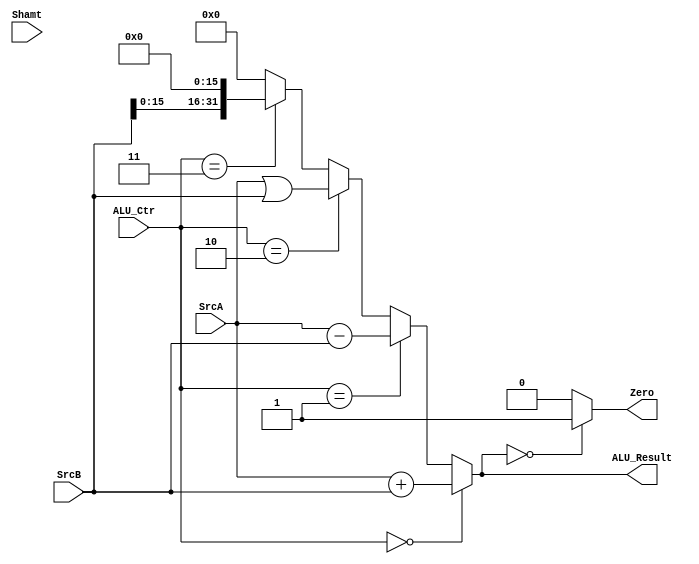
`timescale 1ns / 1ps
//////////////////////////////////////////////////////////////////////////////////
// Company: 
// Engineer: 
// 
// Design Name: 
// Module Name:    alu 
// Project Name: 
// Target Devices: 
// Tool versions: 
// Description: 
//
// Dependencies: 
//
// Revision: 
// Revision 0.01 - File Created
// Additional Comments: 
//
//////////////////////////////////////////////////////////////////////////////////
module alu(
    input [31:0] SrcA,
    input [31:0] SrcB,
    input [4:0] Shamt,
	input [3:0] ALU_Ctr,
	 
	output Zero,
    output [31:0] ALU_Result
    );

    wire [31:0] f_add = $signed(SrcA)+$signed(SrcB);
    wire [31:0] f_sub = $signed(SrcA)-$signed(SrcB);
    wire [31:0] f_or  = SrcA | SrcB;
    wire [31:0] f_lui = SrcB << 16;
    assign ALU_Result = (ALU_Ctr == 0) ? (f_add):
                        (ALU_Ctr == 1) ? (f_sub):
                        (ALU_Ctr == 2) ? (f_or ):
                        (ALU_Ctr == 3) ? (f_lui):0;

    assign Zero = (ALU_Result==0) ? 1 : 0;
endmodule